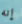
إنه